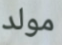
مولد